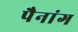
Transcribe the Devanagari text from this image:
पैनांग